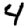
Digit: 4